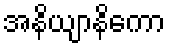
အနိယျာနိကော